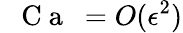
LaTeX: \mathrm{~\textit~{~C~a~}~}=O(\epsilon^{2})